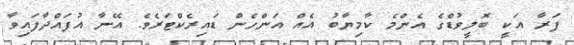
ފަރާ އަކީ ބޮލީވުޑްގެ އެންމެ ކާމިޔާބު އެއް އަންހެން ޑައިރެކްޓަރެވެ. އޭނާ އުފައްދާފައިވާ